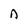
Character: n